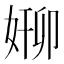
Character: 𫰸